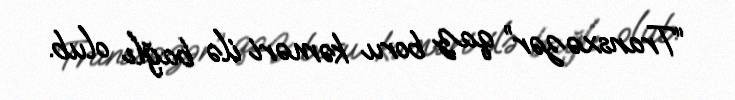
“Transxəzər” qaz boru kəməri ilə bağlı olub.